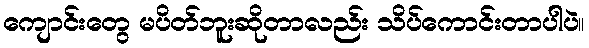
ကျောင်းတွေ မပိတ်ဘူးဆိုတာလည်း သိပ်ကောင်းတာပါပဲ။